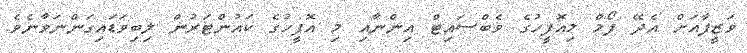
ވަޒީފާއަށް އެދޭ ފޯމް މިއޮފީހުގެ ވެބްސައިޓް އިންނާއި މި އޮފީހުގެ ކައުންޓަރުން ލިބިވަޑައިގަންނަވާނެވެ.